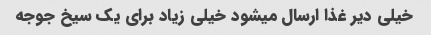
خیلی دیر غذا ارسال میشود خیلی زیاد برای یک سیخ جوجه